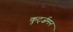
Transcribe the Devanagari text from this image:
कुर्ट्ज़मन